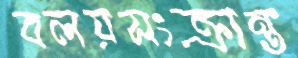
বলয়সংক্রান্ত